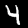
Label: 4